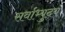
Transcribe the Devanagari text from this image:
सर्वाभ्युदय